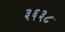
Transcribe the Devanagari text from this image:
३६३८